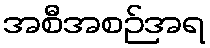
အစီအစဉ်အရ